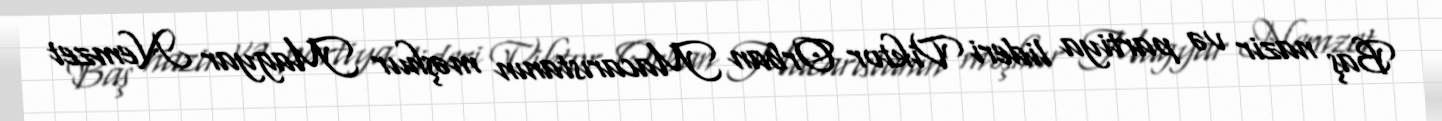
Baş nazir və partiya lideri Viktor Orban Macarıstanın məşhur Magyar Nemzet